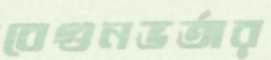
বেগুনভর্তার